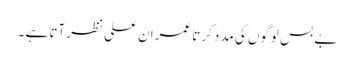
بے بس لوگوں کی مدد کرتا عمران علی نظر آتا ہے ۔